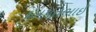
દલપતભાઈ